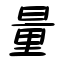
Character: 量